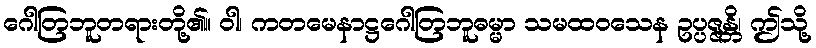
ဂေါတြဘူတရားတို့၏။ ဝါ၊ ကတမေနာဋ္ဌဂေါတြဘူဓမ္မာ သမထဝသေန ဥပ္ပဇ္ဇန္တိ၊ ဤသို့